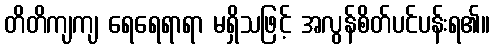
တိတိကျကျ ရေရေရာရာ မရှိသဖြင့် အလွန်စိတ်ပင်ပန်းရ၏။